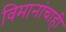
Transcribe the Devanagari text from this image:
विमानांचाही